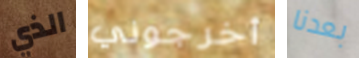
الذي أخرجوني بعدنا